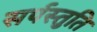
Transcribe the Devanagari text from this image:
सर्पस्तुति